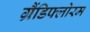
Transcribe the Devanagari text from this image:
ग्रैंडिफ्लोरम